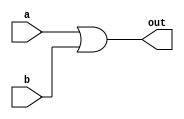
module OR_gate(
    input wire a,
    input wire b,
    output wire out
);

assign out = a | b;

endmodule